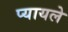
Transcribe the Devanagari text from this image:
प्यायले